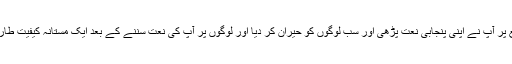
اس موقع پر آپ نے اپنی پنجابی نعت پڑھی اور سب لوگوں کو حیران کر دیا اور لوگوں پر آپ کی نعت سننے کے بعد ایک مستانہ کیفیت طاری تھی۔